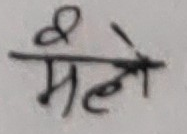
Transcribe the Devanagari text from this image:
मैले